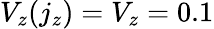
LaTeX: V_{z}(j_{z})=V_{z}=0.1